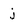
Character: j